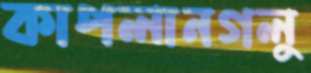
কাপলানগলু